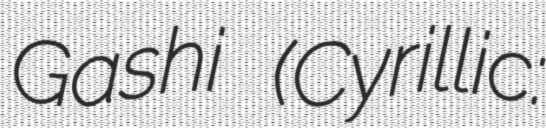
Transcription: Gashi (Cyrillic: